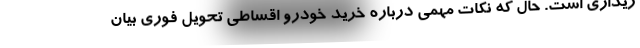
ریداری است. حال که نکات مهمی درباره خرید خودرو اقساطی تحویل فوری بیان